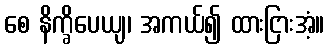
စေ နိက္ခိပေယျ၊ အကယ်၍ ထားငြားအံ့။